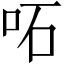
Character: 𠰴